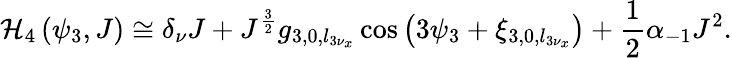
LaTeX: \displaystyle\mathcal{H}_{4}\left(\psi_{3},J\right)\cong\delta_{\nu}J+J^{\frac{3}{2}}g_{3,0,l_{3\nu_{x}}}\cos\left(3\psi_{3}+\xi_{3,0,l_{3\nu_{x}}}\right)+\frac{1}{2}\alpha_{-1}J^{2}.